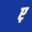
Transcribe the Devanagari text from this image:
ए़